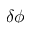
\delta \phi